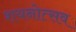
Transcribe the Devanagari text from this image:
शयनोत्सव